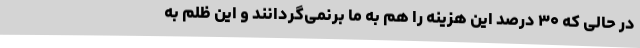
در حالی که ۳۰ درصد این هزینه را هم به ما برنمی‌گردانند و این ظلم به